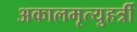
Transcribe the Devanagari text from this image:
अकालमृत्युहर्त्री